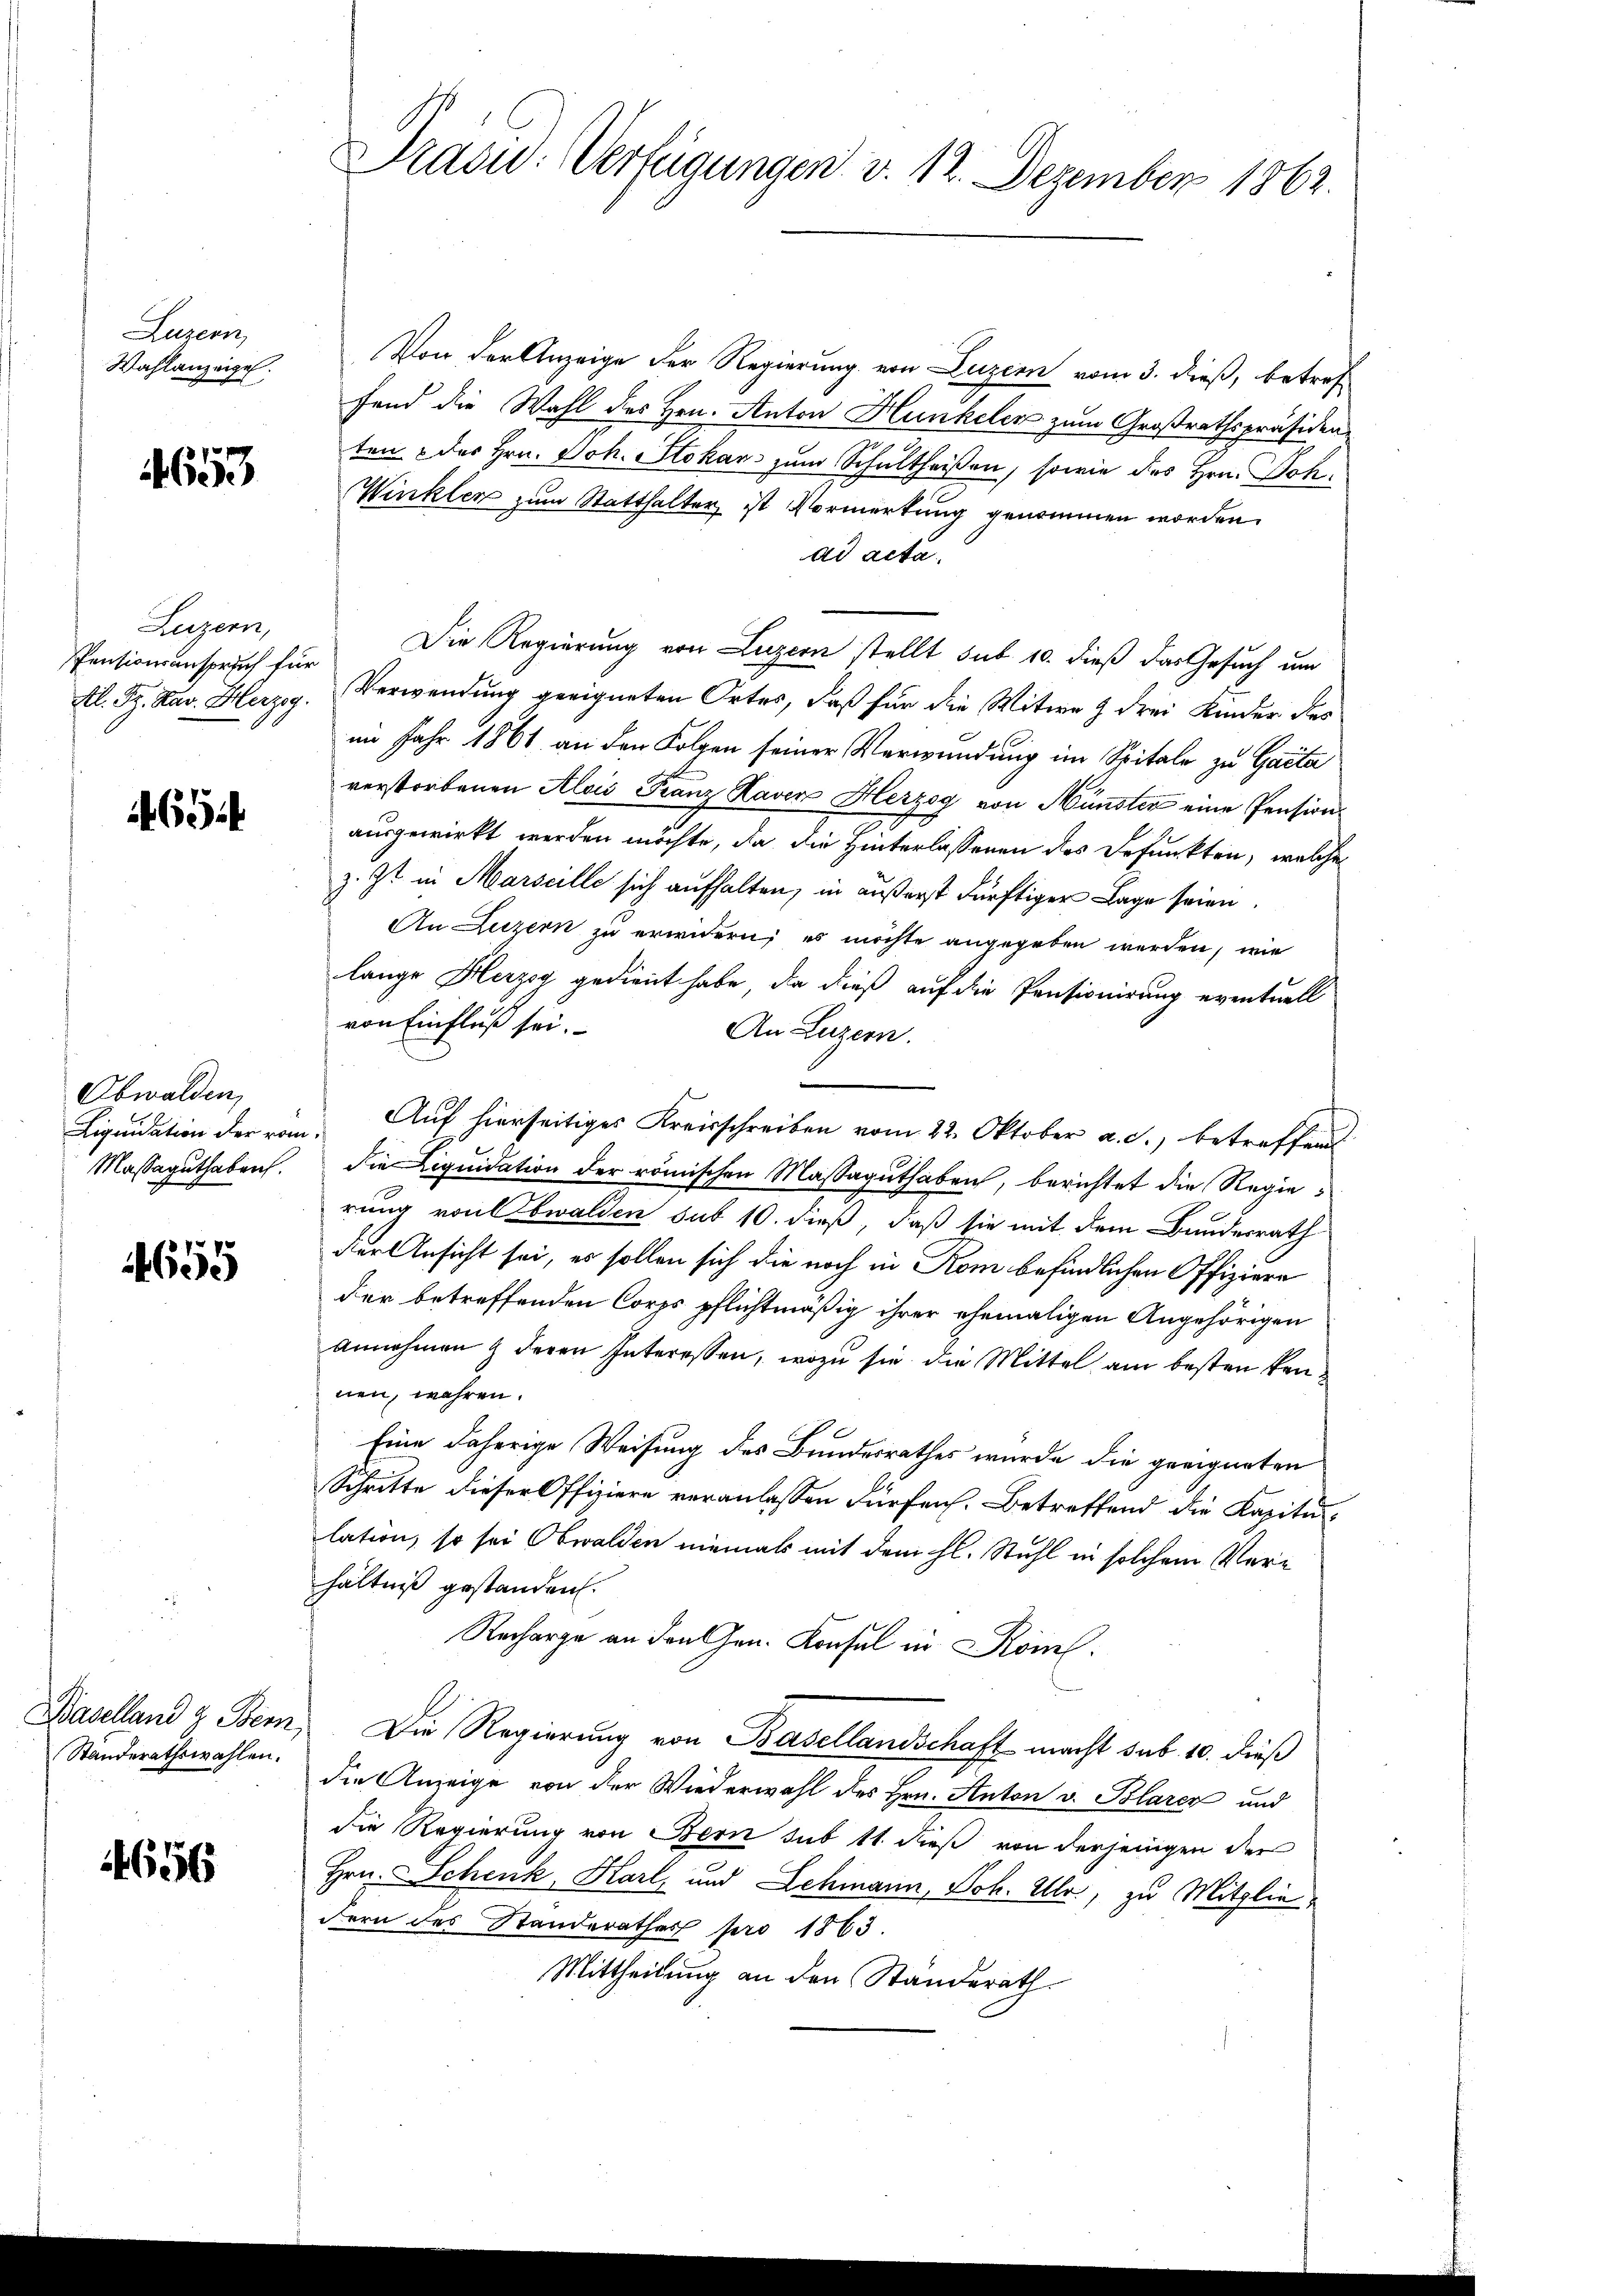
Luzern,
Wahlanzeigel.

653

Luzern,
Pensionsanspruch für

694

Obwalden,
Massaguthabruch.

1659

Standerathswahlen.

4656

Von der Anzeige der Regierung von Luzern vom 3. dieß, betref
fend die Wahl des Hrn. Anton Hunkelen zum Großrathspräsiden-
ten & des Hrn. Joh. Stokars zum Schultheißen, sowie des Hrn. Joh¬
Winkler zum Statthalter ist Vormerkung genommen worden.
ad acta
Die Regierung von Luzern stellt sub 10. dieß das Gesuch um
Al. Sr. Kar. Herzog. Verwendung geeigneten Ortes, daß für die Witwe 9 drei Kinder des
im Jahr 1861 an den Folgen seiner Verwendung im Spitale zu Gaeta
verstorbenen Alois Franz Haver Herzog von Münster eine Pensionausgewirkt werden möchte, da die Hinterlassenen des Befunkten, welche
z. Zt. in Marseille sich aufhalten, in äußerst dürftiger Lage seien.
An Luzern zu erwidern; es möchte angegeben werden, wie
lange Herzog gedient habe, da dieß auf die Pensionirung eventuell
von Einfluß sei.
An Luzern.
Liquidation der röm. Auf hierseitiges Kreisschreiben vom 22. Oktober a. c., betreffend
die Liquidation der römischen Massaguthaben, berichtet die Regierung von Obwalden sub 10. dieß, daß sie mit dem Bundesrath
der Ansicht sei, es sollen sich die noch in Kom befindlichen Offiziere
der betreffenden Corps pflichtmäßig ihrer ehemaligen Angehörigen
Annehmen & deren Interessen, wozu sie die Mittel am besten kennen, wahren.
Eine daherige Weisung des Bundesrathes wurde die geeigneten
Schritte dieser Offiziere veranlassen dürfen. Betreffend die Kapitulation, so sei Obwalden niemals mit dem hl. Stuhl in solchem Verhältniß gestanden.
Recharge an den Gen. Konsul in Rom.
Baselland & Bem Die Regierung von Basellandschaft macht sub 10. dieß
die Anzeige von der Wiederwahl des Hrn. Anton v. Blarer und
die Regierung von Bern sub 11 dieß von derjenigen der
Hrn. Schenk, Karl, und Lehmann, Joh. Ulr., zu Mitglie
dern des Standerathes pro 1863.
Mittheilung an den Standerath

Prasid: Verfügungen v. 12. Dezember 1862.